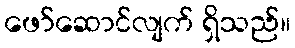
ဖော်ဆောင်လျက် ရှိသည်။